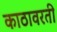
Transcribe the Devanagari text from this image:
काठावरती